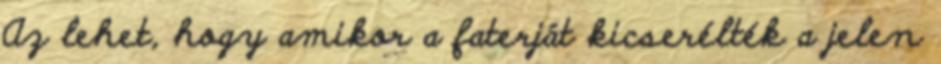
Az lehet, hogy amikor a faterját kicserélték a jelen